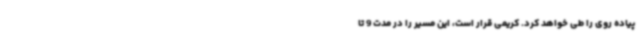
پیاده روی را طی خواهد کرد. کریمی قرار است، این مسیر را در مدت 9 تا